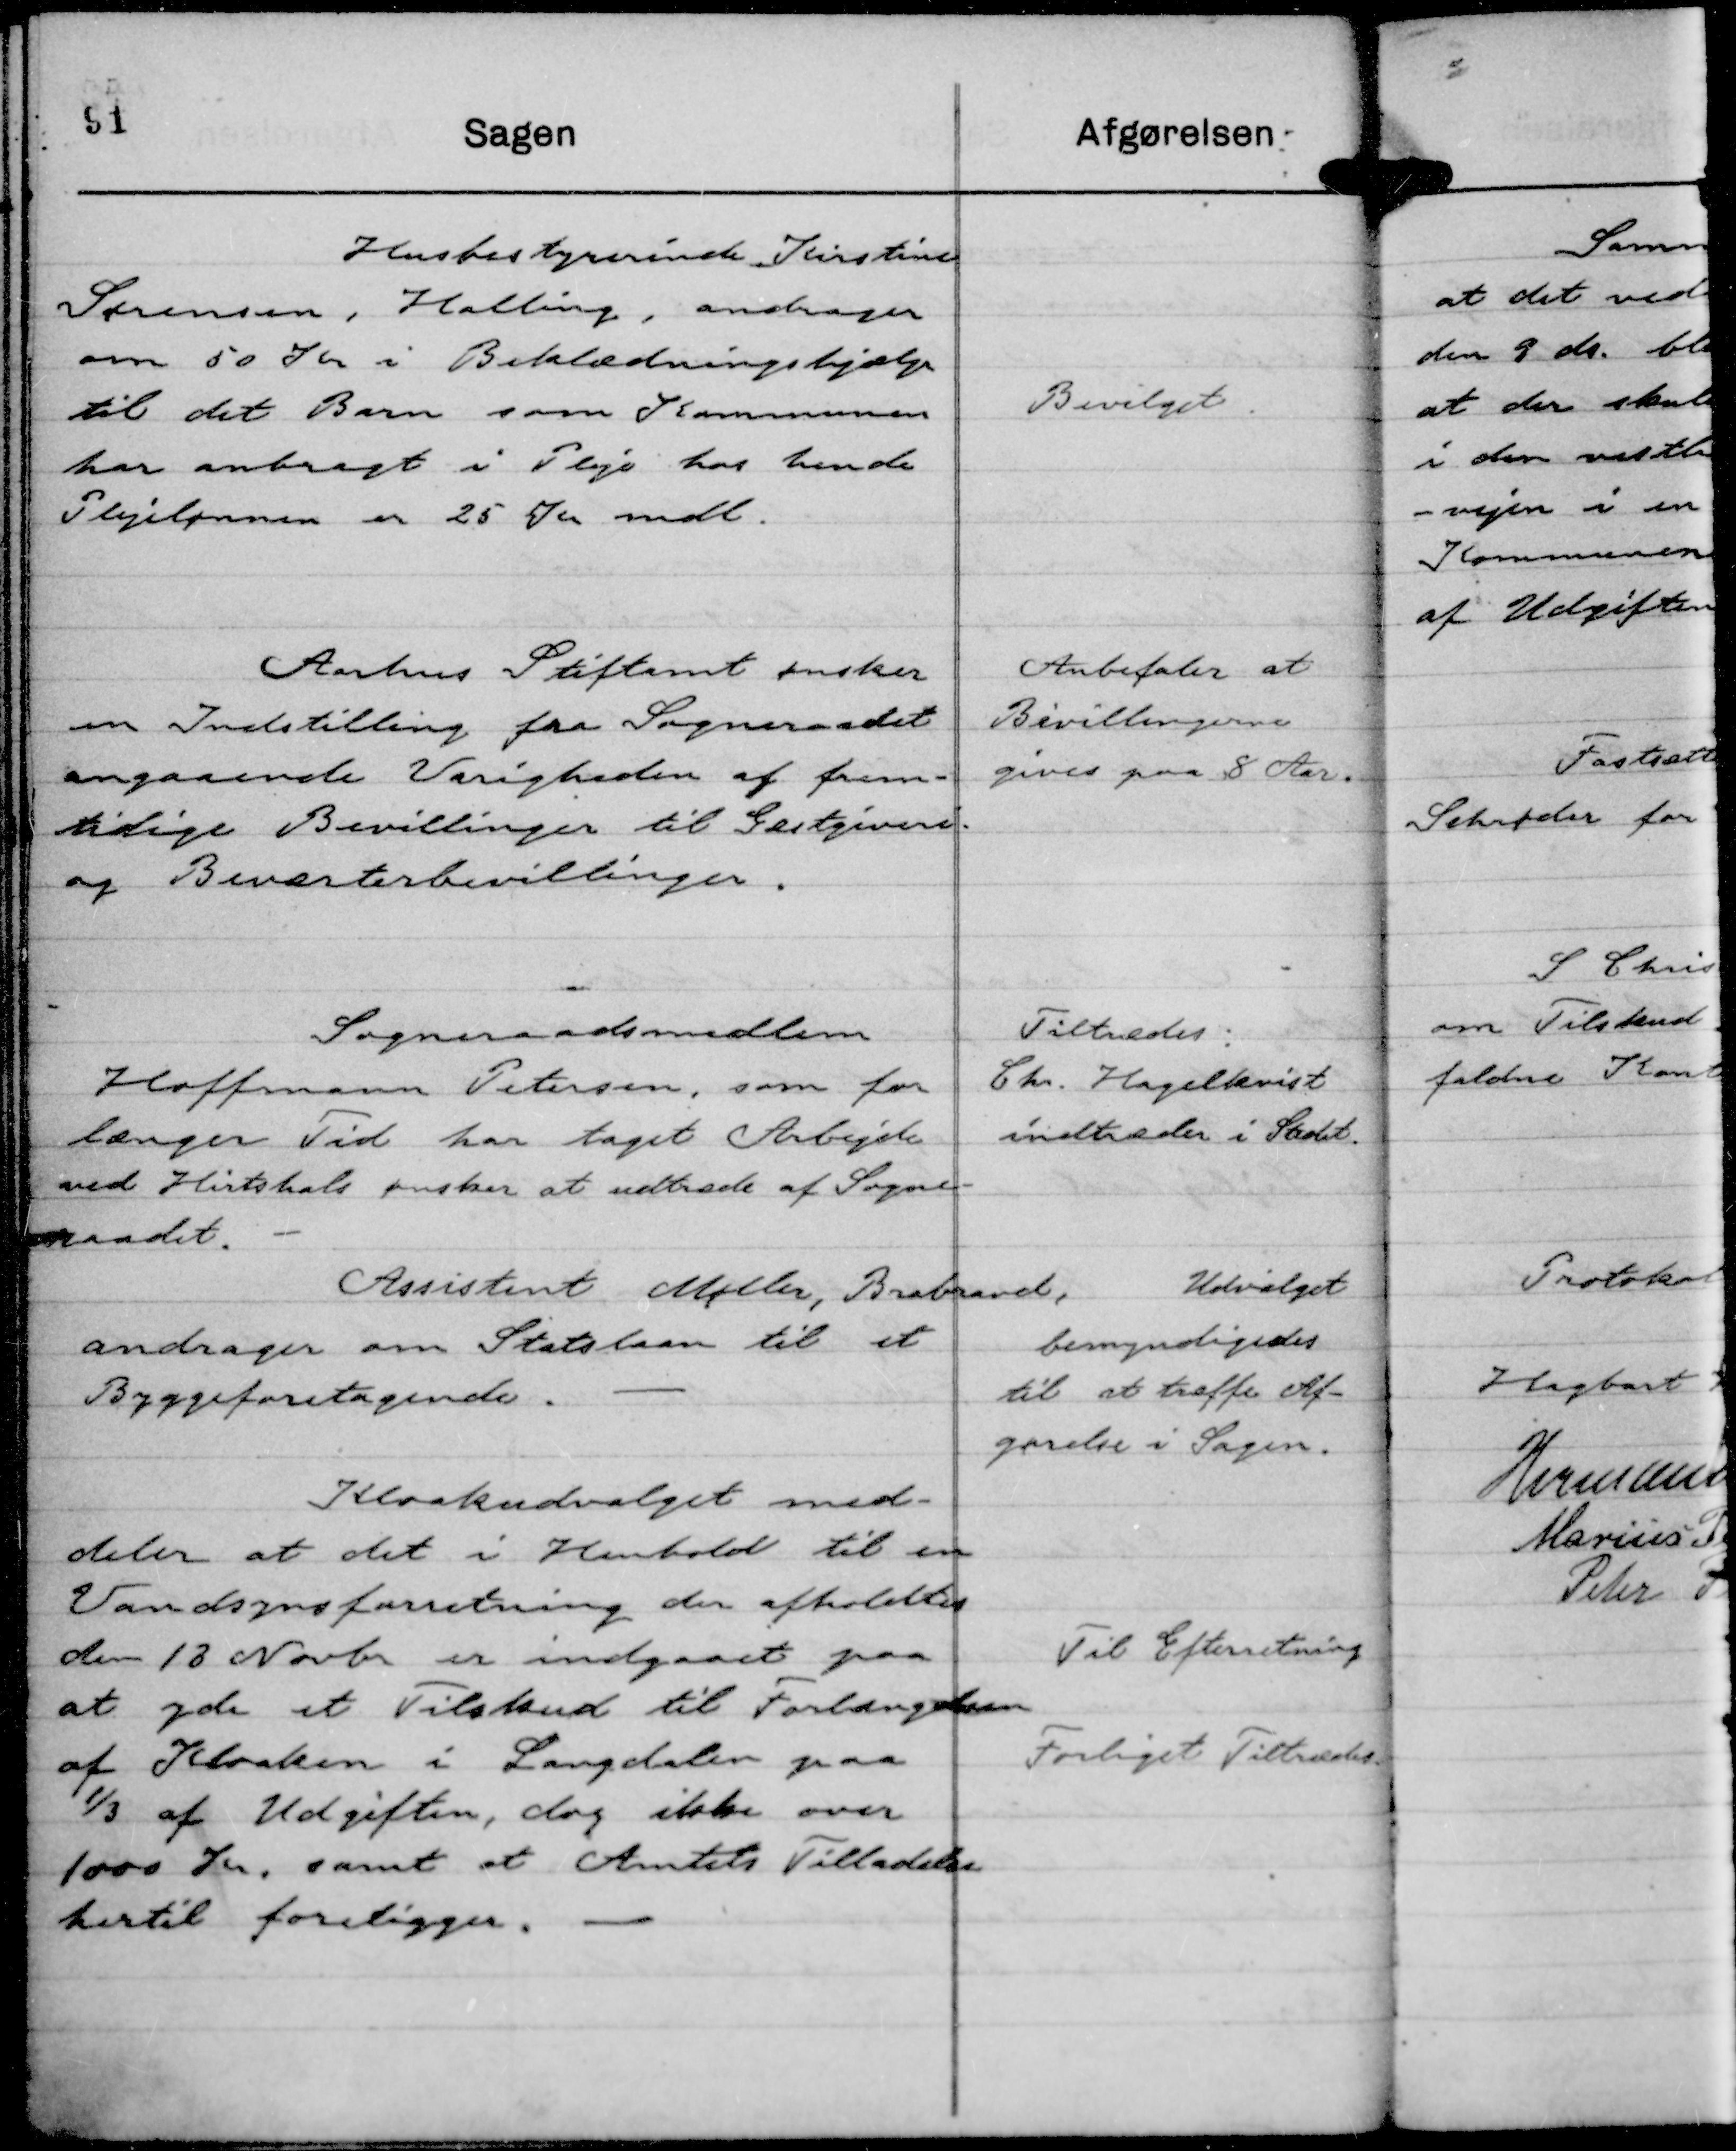
Transskription:
Husbestyrerinde Kirstine
Sørensen, Halling, andrager
om 50 Kr i Beklædningshjælp
til det Barn som Kommunen
har anbragt i Pleje hos hende.
Plejelønnen er 25 Kr mdl.

Bevilget

Aarhus Stiftamt ønsker
en Indstilling fra Sogneraadet
angaaende Varigheden af frem-
tidige Bevillinger til Gæstgiveri
og Beværterbevillinger.

Anbefaler at
Bevillingerne
gives paa 8 Aar.

Sogneraadsmedlem
Hoffmann Petersen, som for
længer Tid har taget Arbejde
ved Hirtshals ønsker at udtræde af Sogne-
raadet.

Tiltrædes.
Chr. Hagelkvist
indtræder i Stedet.

Assistent Møller, Brabrand,
andrager om Statslaan til et
Byggeforetagende.

Udvalget
bemyndigedes
til at træffe Af-
gørelse i Sagen.

Kloakudvalget med-
deler at det i Henhold til en
Vandsynsforretning der afholdes
den 18 Novbr er indgaaet paa
at yde et Tilskud til Forlængelsen
af Kloaken i Langdalen paa
⅓ af Udgiften, dog ikke over
1000 Kr, samt at Amtets Tilladelse
hertil foreligger.

Til Efterretning
Forliget Tiltrædes.